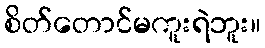
စိတ်တောင်မကူးရဲဘူး။